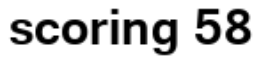
scoring 58